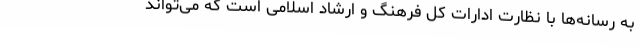
به رسانه‌ها با نظارت ادارات کل فرهنگ و ارشاد اسلامی است که می‌تواند